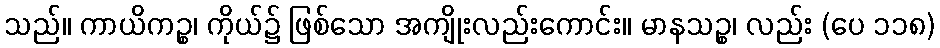
သည်။ ကာယိကဉ္စ၊ ကိုယ်၌ ဖြစ်သော အကျိုးလည်းကောင်း။ မာနသဉ္စ၊ လည်း (ပေ ၁၁၈)